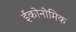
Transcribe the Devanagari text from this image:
ईकोनोमिक